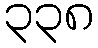
၃၃၈